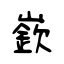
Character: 嶔